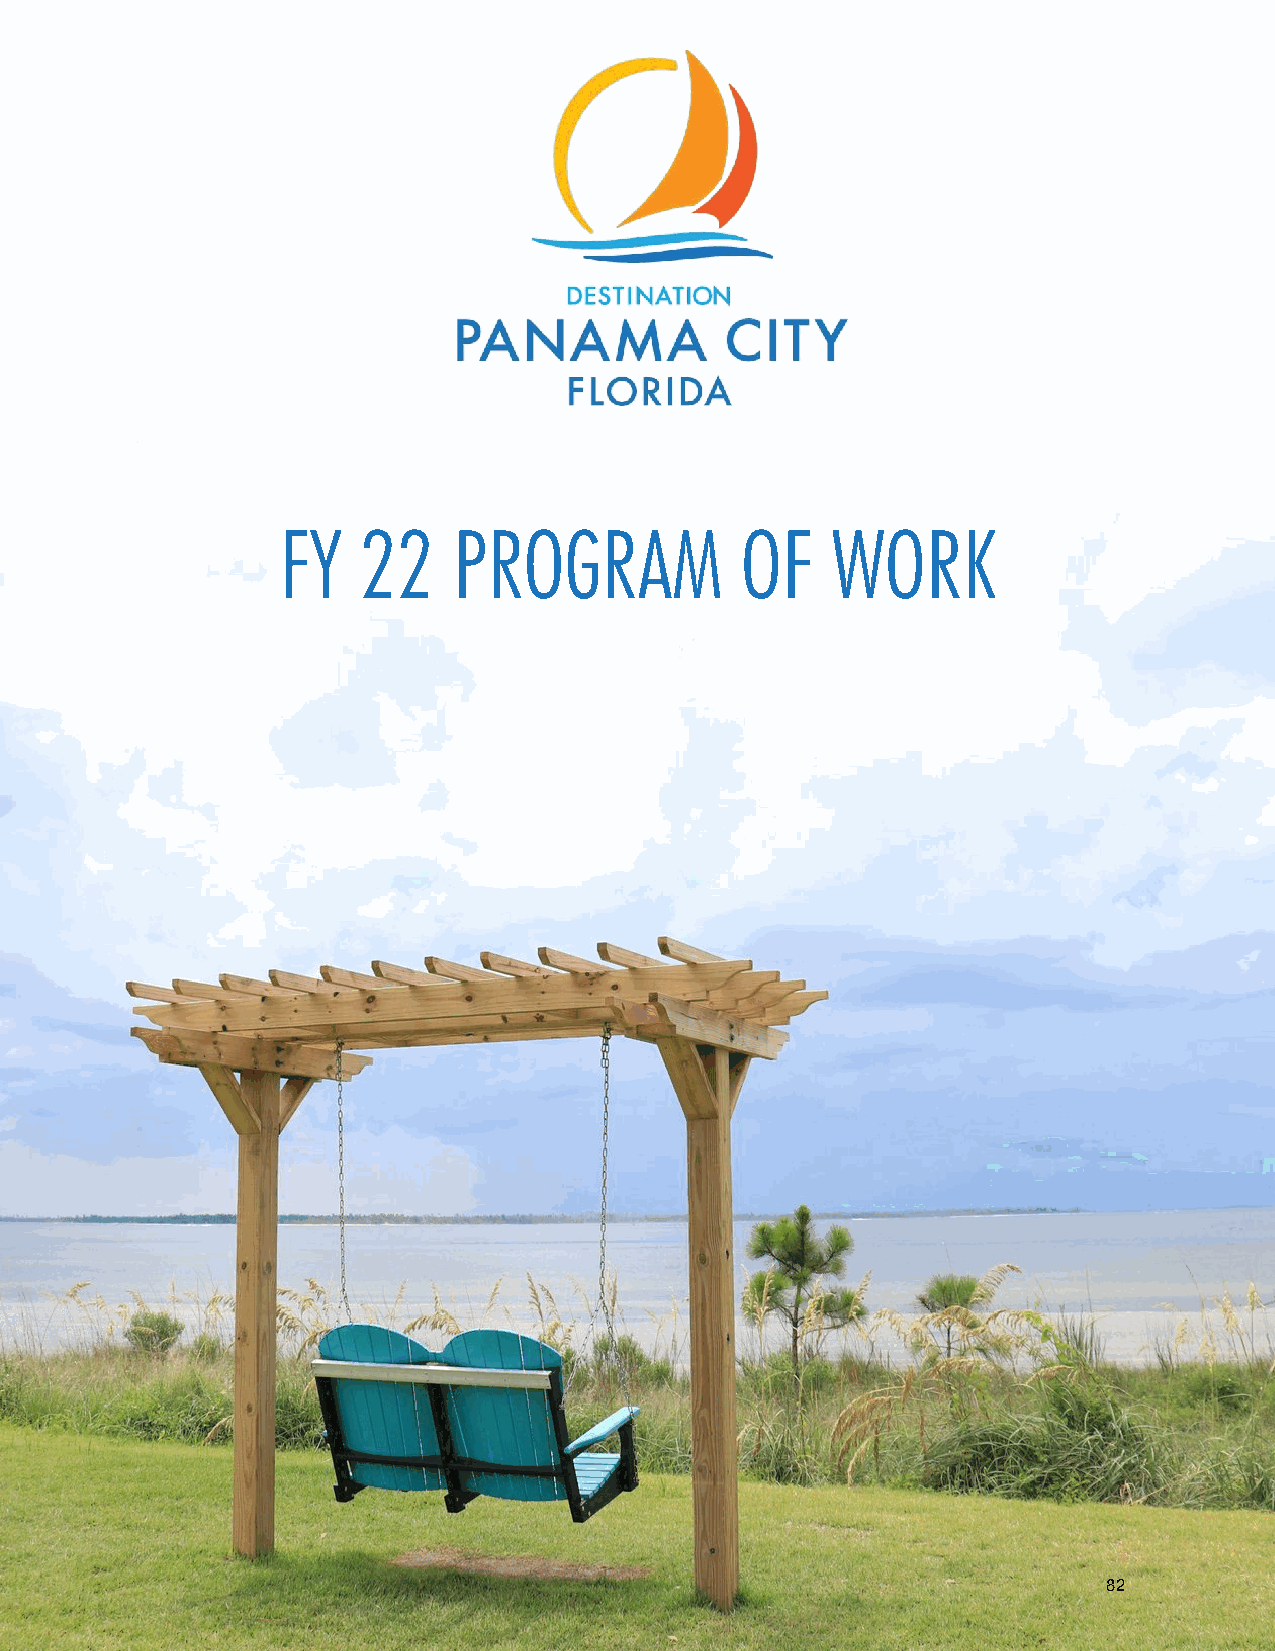
FY    22    PROGRAM            OF    WORK
 82